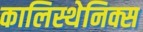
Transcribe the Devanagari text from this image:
कालिस्थेनिक्स